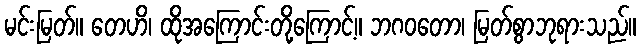
မင်းမြတ်။ တေဟိ၊ ထိုအကြောင်းတို့ကြောင့်။ ဘဂဝတော၊ မြတ်စွာဘုရားသည်။